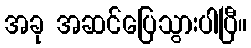
အခု အဆင်ပြေသွားပါပြီ။